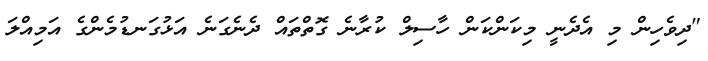
"ދިވެހިން މި އެދެނީ މިކަންކަން ހާސިލް ކުރާނެ ގޮތްތައް ދެނެގަނެ އަޅުގަނޑުމެންގެ އަމިއްލަ